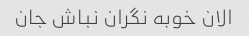
الان خوبه نگران نباش جان